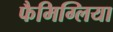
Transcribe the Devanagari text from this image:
फैमिग्लिया